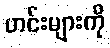
ဟင်းများကို